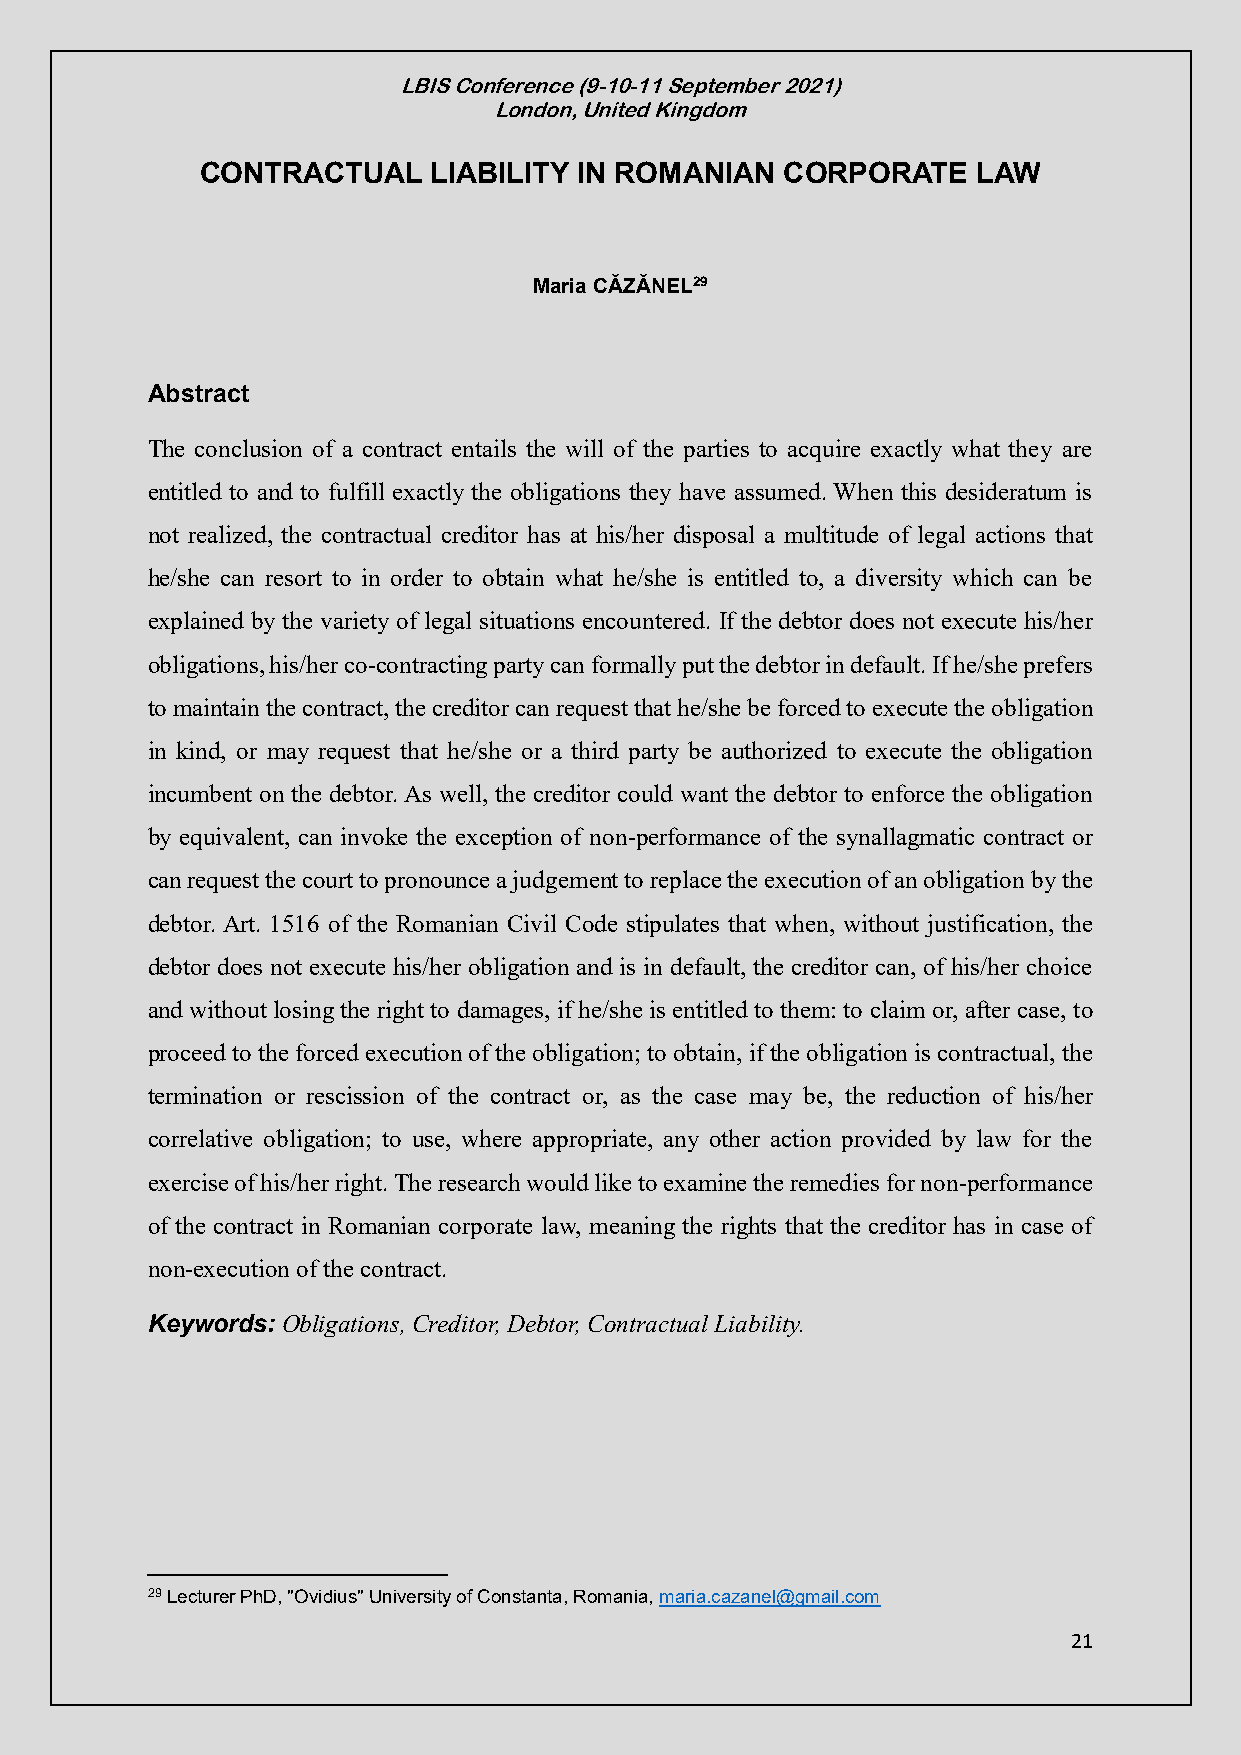
LBIS Conference (9-10-11 September 2021)
 London, United Kingdom
 CONTRACTUAL    LIABILITY IN ROMANIAN   CORPORATE    LAW
 Maria CĂZĂNEL29
 Abstract
 The conclusion of a contract entails the will of the parties to acquire exactly what they are
 entitled to and to fulfill exactly the obligations they have assumed. When this desideratum is
 not realized, the contractual creditor has at his/her disposal a multitude of legal actions that
 he/she can resort to in order to obtain what he/she is entitled to, a diversity which can be
 explained by the variety of legal situations encountered. If the debtor does not execute his/her
 obligations, his/her co-contracting party can formally put the debtor in default. If he/she prefers
 to maintain the contract, the creditor can request that he/she be forced to execute the obligation
 in kind, or may request that he/she or a third party be authorized to execute the obligation
 incumbent on the debtor. As well, the creditor could want the debtor to enforce the obligation
 by equivalent, can invoke the exception of non-performance of the synallagmatic contract or
 can request the court to pronounce a judgement to replace the execution of an obligation by the
 debtor. Art. 1516 of the Romanian Civil Code stipulates that when, without justification, the
 debtor does not execute his/her obligation and is in default, the creditor can, of his/her choice
 and without losing the right to damages, if he/she is entitled to them: to claim or, after case, to
 proceed to the forced execution of the obligation; to obtain, if the obligation is contractual, the
 termination or rescission of the contract or, as the case may be, the reduction of his/her
 correlative obligation; to use, where appropriate, any other action provided by law for the
 exercise of his/her right. The research would like to examine the remedies for non-performance
 of the contract in Romanian corporate law, meaning the rights that the creditor has in case of
 non-execution of the contract.
 Keywords: Obligations, Creditor, Debtor, Contractual Liability.
 29 Lecturer PhD, "Ovidius" University of Constanta, Romania, maria.cazanel@gmail.com
 21